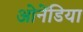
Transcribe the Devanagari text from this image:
ओनेंडिया